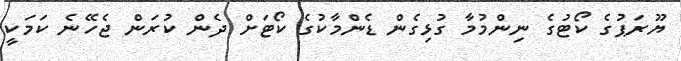
ޔޫރަޕުގެ ކޯޓުގެ ނިންމުމާ ގުޅިގެން ޑެންމާކުގެ ކޯޓަށް ދެން ކުރަން ޖެހޭނެ ކަމަކީ